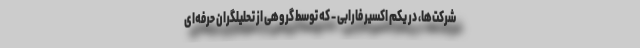
شرکت‌ها، در یکم اکسیر فارابی - که توسط گروهی از تحلیلگران حرفه‌ای